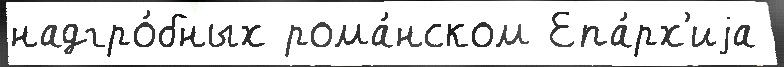
надгро́бных рома́нском Епа́рх'иjа